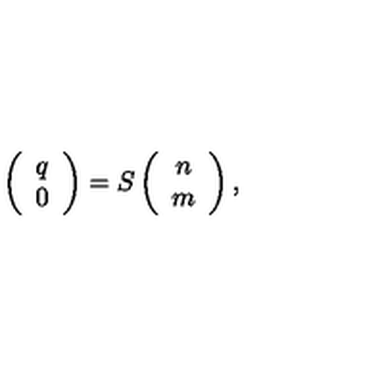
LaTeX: \left( \begin{array} { c } { q } \\ { 0 } \\ \end{array} \right) = S \left( \begin{array} { c } { n } \\ { m } \\ \end{array} \right) ,